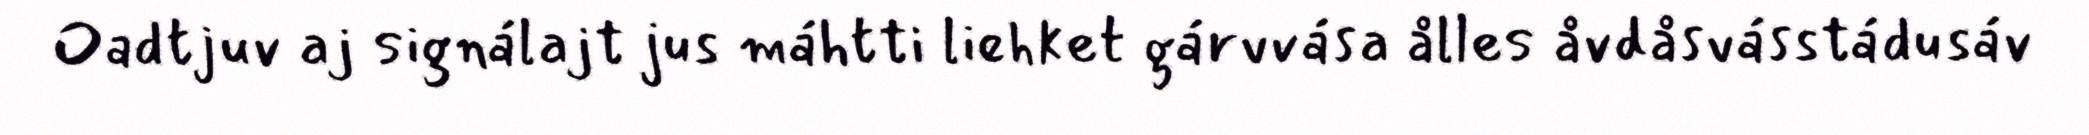
Oadtjuv aj signálajt jus máhtti liehket gárvvása ålles åvdåsvásstádusáv